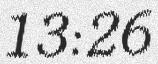
13:26